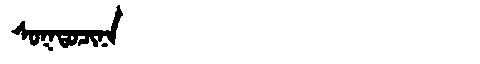
Manchu: ᠰᠣᡴᡨᠣᠴᡳᠨᠠ
Romanization: SOKTOCINA